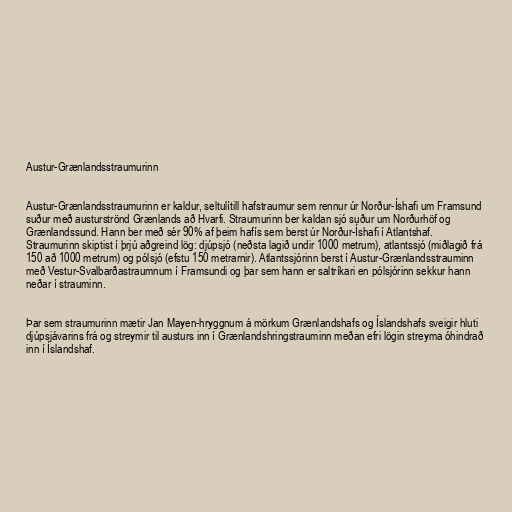
Austur-Grænlandsstraumurinn

Austur-Grænlandsstraumurinn er kaldur, seltulítill hafstraumur sem rennur úr Norður-Íshafi um Framsund
suður með austurströnd Grænlands að Hvarfi. Straumurinn ber kaldan sjó suður um Norðurhöf og
Grænlandssund. Hann ber með sér 90% af þeim hafís sem berst úr Norður-Íshafi í Atlantshaf.
Straumurinn skiptist í þrjú aðgreind lög: djúpsjó (neðsta lagið undir 1000 metrum), atlantssjó (miðlagið frá
150 að 1000 metrum) og pólsjó (efstu 150 metrarnir). Atlantssjórinn berst í Austur-Grænlandsstrauminn
með Vestur-Svalbarðastraumnum í Framsundi og þar sem hann er saltríkari en pólsjórinn sekkur hann
neðar í strauminn.

Þar sem straumurinn mætir Jan Mayen-hryggnum á mörkum Grænlandshafs og Íslandshafs sveigir hluti
djúpsjávarins frá og streymir til austurs inn í Grænlandshringstrauminn meðan efri lögin streyma óhindrað
inn í Íslandshaf.